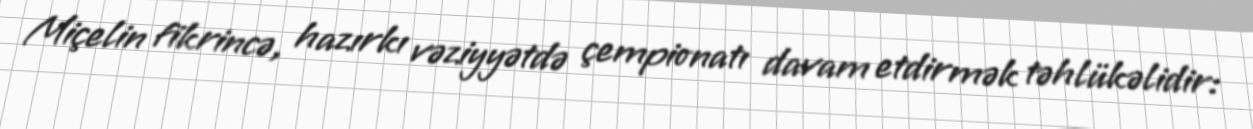
Miçelin fikrincə, hazırkı vəziyyətdə çempionatı davam etdirmək təhlükəlidir: